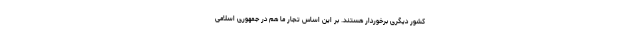
کشور دیگری برخوردار هستند. بر این اساس تجار ما هم در جمهوری اسلامی